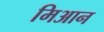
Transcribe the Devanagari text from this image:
मिआन